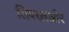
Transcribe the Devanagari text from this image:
लिबरलऔर